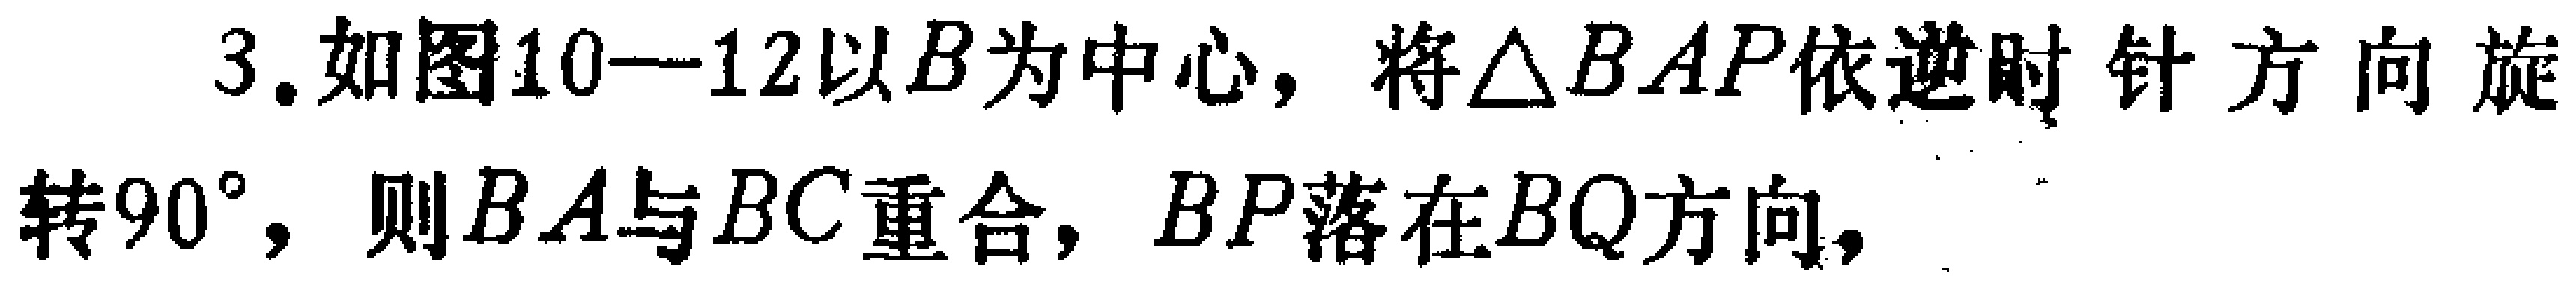
3. 如图10—12以\(B\)为中心，将\(\triangle BAP\)依逆时针方向旋转\(90^{\circ}\)，则\(BA\)与\(BC\)重合，\(BP\)落在\(BQ\)方向，